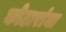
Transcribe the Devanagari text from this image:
कोठारांना